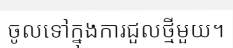
ចូលទៅក្នុងការជួលថ្មីមួយ។